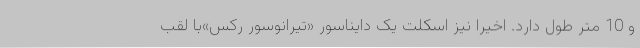
و 10 متر طول دارد. اخیرا نیز اسکلت یک دایناسور «تیرانوسور رکس»با لقب